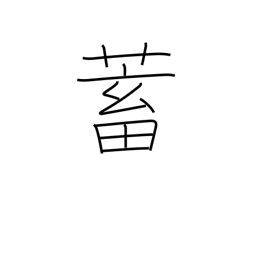
Meaning: store